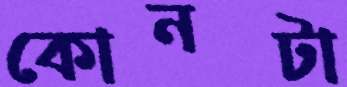
কোনটা